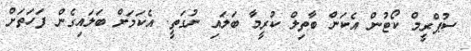
ސުޕްރީމް ކޯޓުން އެކަން ބާތިލް ކުރީމާ ބަލައި ނުގަތީ. އެކަމަށް ބަލައިގެން ފަހަތަށް